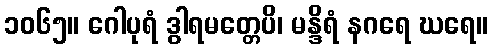
၁၀၆၅။ ဂေါပုရံ ဒွါရမတ္တေပိ၊ မန္ဒိရံ နဂရေ ဃရေ။